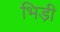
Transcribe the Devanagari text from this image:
भिडी़